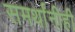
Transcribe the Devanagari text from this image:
समर्थांनीही